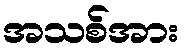
အသစ်အား